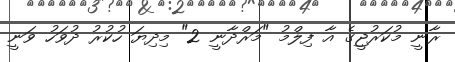
ރާނީ މުކަރުޖީގެ އާ ފިލްމު "މަރްދާނީ 2" މިދިޔަ ހުކުރު ދުވަހު ވަނީ